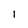
Character: l